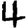
Digit: 4